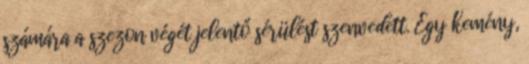
számára a szezon végét jelentő sérülést szenvedett. Egy kemény,